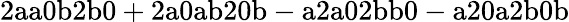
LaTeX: \mathrm{2aa0b2b0+2a0ab20b-a2a02bb0-a20a2b0b}